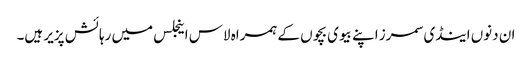
ان دنوں اینڈی سمرز اپنے بیوی بچوں کے ہمراہ لاس اینجلس میں رہائش پزیر ہیں۔